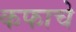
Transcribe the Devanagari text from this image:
कफाचे